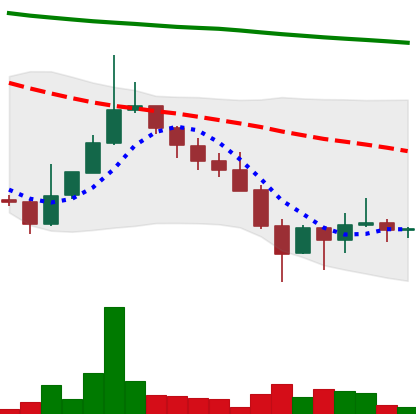
Ticker: DOGE-USD
Chart end date: 2022-01-28
Forward return: -3.121%
Label: down_3_5